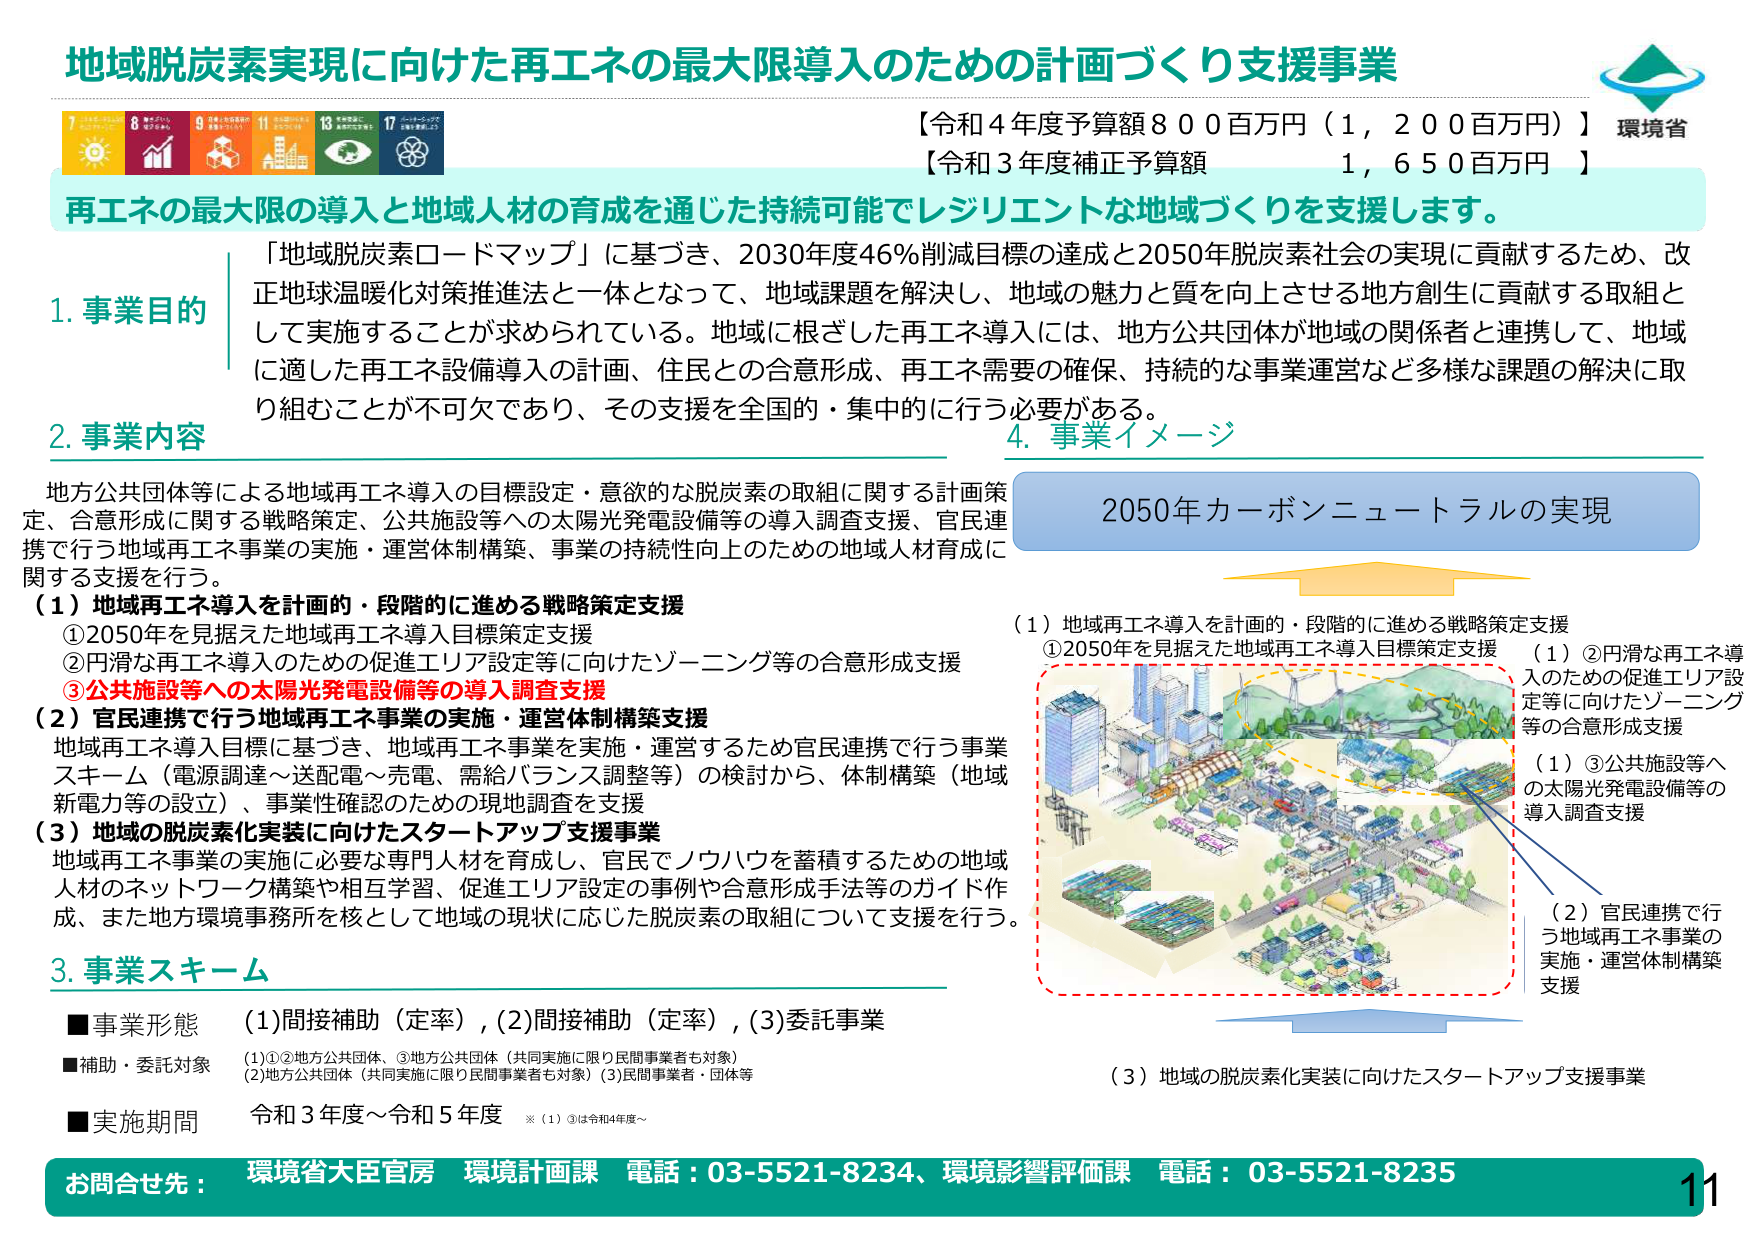
地域脱炭素実現に向けた再エネの最大限導入のための計画づくり支援事業
【令和4年度予算額800百万円（1,200百万円）】
【令和3年度補正予算額 1,650百万円】
環境省

再エネの最大限の導入と地域人材の育成を通じた持続可能でレジリエントな地域づくりを支援します。

「地域脱炭素ロードマップ」に基づき、2030年度46%削減目標の達成と2050年脱炭素社会の実現に貢献するため、改正地球温暖化対策推進法と一体となって、地域課題を解決し、地域の魅力と質を向上させる地方創生に貢献する取組として実施することが求められている。地域に根ざした再エネ導入には、地方公共団体が地域の関係者と連携して、地域に適した再エネ設備導入の計画、住民との合意形成、再エネ需要の確保、持続的な事業運営など多様な課題の解決に取り組むことが不可欠であり、その支援を全国的・集中的に行う必要がある。

1. 事業目的

2. 事業内容
地方公共団体等による地域再エネ導入の目標設定・意欲的な脱炭素の取組に関する計画策定、合意形成に関する戦略策定、公共施設等への太陽光発電設備等の導入調査支援、官民連携で行う地域再エネ事業の実施・運営体制構築、事業の持続性向上のための地域人材育成に関する支援を行う。

（1）地域再エネ導入を計画的・段階的に進める戦略策定支援
①2050年を見据えた地域再エネ導入目標策定支援
②円滑な再エネ導入のための促進エリア設定等に向けたゾーニング等の合意形成支援
③公共施設等への太陽光発電設備等の導入調査支援

（2）官民連携で行う地域再エネ事業の実施・運営体制構築支援
地域再エネ導入目標に基づき、地域再エネ事業を実施・運営するため官民連携で行う事業スキーム（電源調達～送配電～売電、需給バランス調整等）の検討から、体制構築（地域新電力等の設立）、事業性確認のための現地調査を支援

（3）地域の脱炭素化実装に向けたスタートアップ支援事業
地域再エネ事業の実施に必要な専門人材を育成し、官民でノウハウを蓄積するための地域人材のネットワーク構築や相互学習、促進エリア設定の事例や合意形成手法等のガイド作成、また地方環境事務所を核として地域の現状に応じた脱炭素の取組について支援を行う。

3. 事業スキーム
■事業形態 （1）間接補助（定率），（2）間接補助（定率），（3）委託事業
■補助・委託対象
（1）①②地方公共団体、③地方公共団体（共同実施に限り民間事業者も対象）
（2）地方公共団体（共同実施に限り民間事業者も対象）（3）民間事業者・団体等
■実施期間 令和3年度～令和5年度 ※（1）③は令和4年度～

4. 事業イメージ
2050年カーボンニュートラルの実現

（1）地域再エネ導入を計画的・段階的に進める戦略策定支援
①2050年を見据えた地域再エネ導入目標策定支援
（1）②円滑な再エネ導入のための促進エリア設定等に向けたゾーニング等の合意形成支援
（1）③公共施設等への太陽光発電設備等の導入調査支援

（2）官民連携で行う地域再エネ事業の実施・運営体制構築支援

（3）地域の脱炭素化実装に向けたスタートアップ支援事業

お問合せ先：環境省大臣官房 環境計画課 電話：03-5521-8234、環境影響評価課 電話：03-5521-8235
11